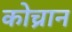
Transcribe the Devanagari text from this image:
कोच्रान